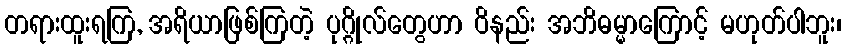
တရားထူးရကြ, အရိယာဖြစ်ကြတဲ့ ပုဂ္ဂိုလ်တွေဟာ ဝိနည်း အဘိဓမ္မာကြောင့် မဟုတ်ပါဘူး၊